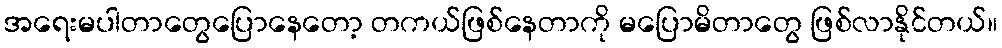
အရေးမပါတာတွေပြောနေတော့ တကယ်ဖြစ်နေတာကို မပြောမိတာတွေ ဖြစ်လာနိုင်တယ်။